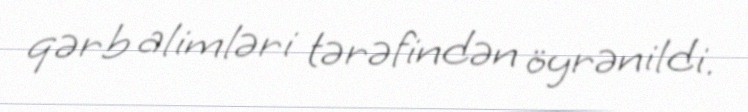
qərb alimləri tərəfindən öyrənildi.